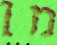
מן